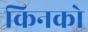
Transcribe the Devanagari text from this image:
किनको